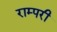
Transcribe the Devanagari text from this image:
राम्परी